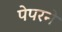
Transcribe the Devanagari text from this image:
पेपरने